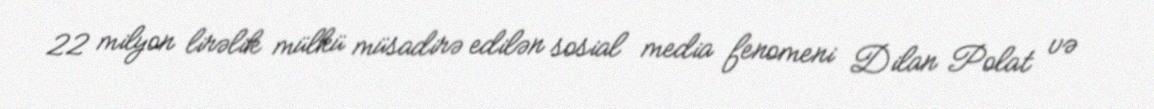
22 milyon lirəlik mülkü müsadirə edilən sosial media fenomeni Dilan Polat və